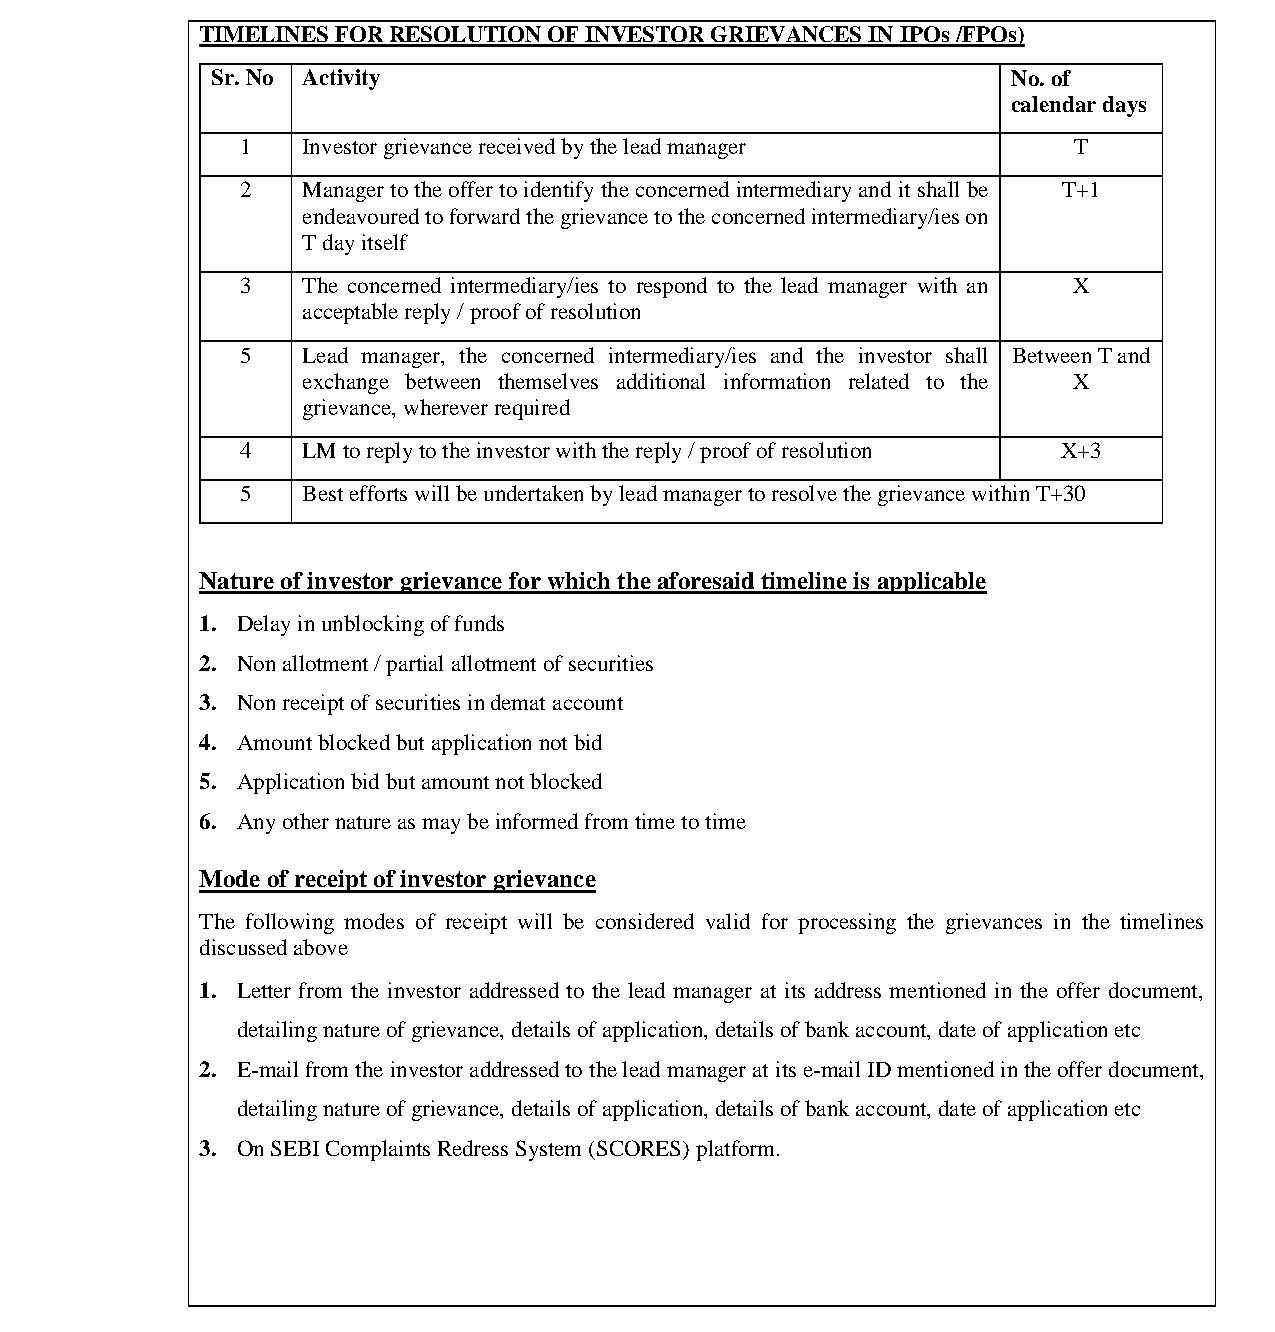
भारतीयप्रततभूततऔरवितिमयबोर्ड
 Securities and Exchange Board of India
 TIMELINES FOR RESOLUTION OF INVESTOR GRIEVANCES IN IPOs /FPOs)
 Sr. No Activity                                      No. of
 calendar days
 1   Investor grievance received by the lead manager    T
 2   Manager to the offer to identify the concerned intermediary and it shall be T+1
 endeavoured to forward the grievance to the concerned intermediary/ies on
 T day itself
 3   The concerned intermediary/ies to respond to the lead manager with an X
 acceptable reply / proof of resolution
 5   Lead manager, the concerned intermediary/ies and the investor shall Between T and
 exchange between themselves additional information related to the X
 grievance, wherever required
 4   LM to reply to the investor with the reply / proof of resolution X+3
 5   Best efforts will be undertaken by lead manager to resolve the grievance within T+30
 Nature of investor grievance for which the aforesaid timeline is applicable
 1. Delay in unblocking of funds
 2. Non allotment / partial allotment of securities
 3. Non receipt of securities in demat account
 4. Amount blocked but application not bid
 5. Application bid but amount not blocked
 6. Any other nature as may be informed from time to time
 Mode of receipt of investor grievance
 The following modes of receipt will be considered valid for processing the grievances in the timelines
 discussed above
 1. Letter from the investor addressed to the lead manager at its address mentioned in the offer document,
 detailing nature of grievance, details of application, details of bank account, date of application etc
 2. E-mail from the investor addressed to the lead manager at its e-mail ID mentioned in the offer document,
 detailing nature of grievance, details of application, details of bank account, date of application etc
 3. On SEBI Complaints Redress System (SCORES) platform.
 Page 33 of 52